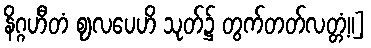
နိဂ္ဂဟီတံ ဈလပေဟိ သုတ်၌ တွက်တတ်လတ္တံ့။]